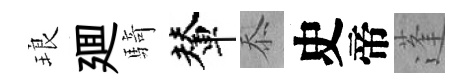
琅廽騎輦忝史帝蓬